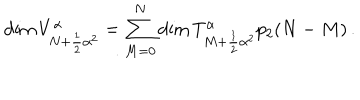
LaTeX: \mathrm { d i m } \, V _ { N + \frac { 1 } { 2 } { \alpha } ^ { 2 } } ^ { \alpha } = \sum _ { M = 0 } ^ { N } \mathrm { d i m } \, T _ { M + \frac { 1 } { 2 } { \alpha } ^ { 2 } } ^ { \alpha } p _ { 2 } ( N - M ) \, .